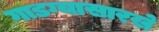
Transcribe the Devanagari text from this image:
गाडग्यासारखे